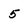
Character: 5